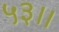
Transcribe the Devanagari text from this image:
५३।।